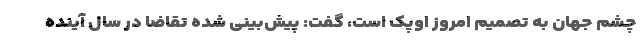
چشم جهان به تصمیم امروز اوپک است، گفت: پیش‌بینی شده تقاضا در سال آینده